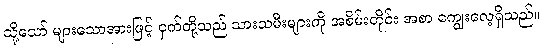
သို့သော် များသောအားဖြင့် ငှက်တို့သည် သားသမီးများကို အစိမ်းတိုင်း အစာ ကျွေးလေ့ရှိသည်။